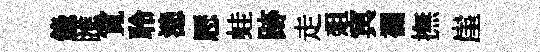
錄匯寛聆漶厯蛙跡走爼㝠襴撫崖